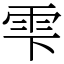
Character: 雫